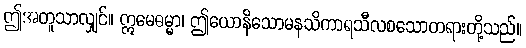
ဤအတူသာလျှင်။ ဣမေဓမ္မာ၊ ဤယောနိသောမနသိကာရသီလစသောတရားတို့သည်။